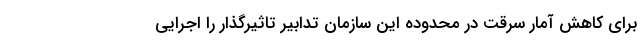
برای کاهش آمار سرقت در محدوده این سازمان تدابیر تاثیرگذار را اجرایی